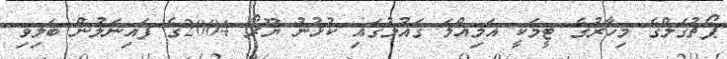
ޕޯޗުގަލްގެ މިހާރުގެ ޓީމަކީ އަމިއްލަ ގައުމުގައި ކުޅުނު ޔޫރޯ 2004ގެ ފައިނަލުން ބަލިވި